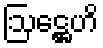
ဩဋ္ဌေဟိ